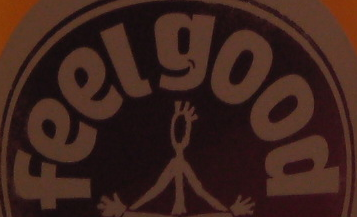
feelgood